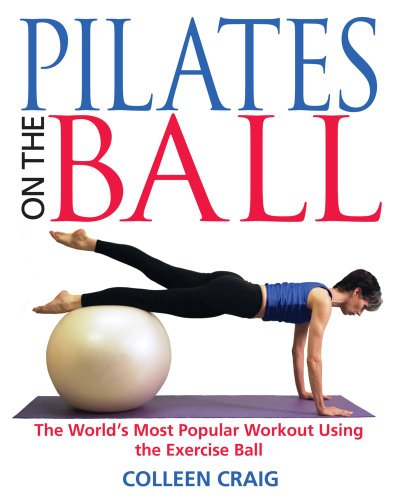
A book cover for Pilates on the Ball: The World's Most Popular Workout Using the Exercise Ball; Colleen Craig; Health, Fitness & Dieting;